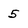
Character: 5